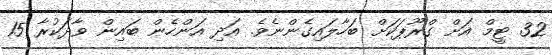
32 ޓީމް އަށް ގްރޫޕަކަށް ބަހާލައިގެންނެވެ. އަދި އަންހެން ބައިން ވާދަކުރާ 15